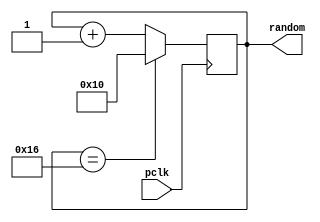
`timescale 1ns / 1ps

module randomizer (
    input wire       pclk,
    output reg [4:0] random
    );

    initial begin
        random = 5'b10000;
    end

    always @ (posedge pclk) begin
        if (random == 5'b10110) begin
            random <= 5'b10000;
        end 
        else begin
            random <= random + 1;
        end
    end
endmodule